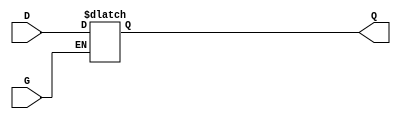
module gated_transparent_latch (
    input wire D,      // Data input
    input wire G,      // Enable input
    output reg Q       // Latch output
);

    // Always block that triggers on changes to D or G
    always @(*) begin
        if (G) begin
            Q = D;   // When G is high, output follows input
        end
        // When G is low, Q retains its value (holds the last state)
    end

endmodule